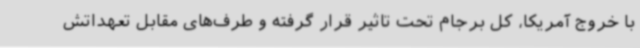
با خروج آمریکا، کل برجام تحت تاثیر قرار گرفته و طرف‌های مقابل تعهداتش